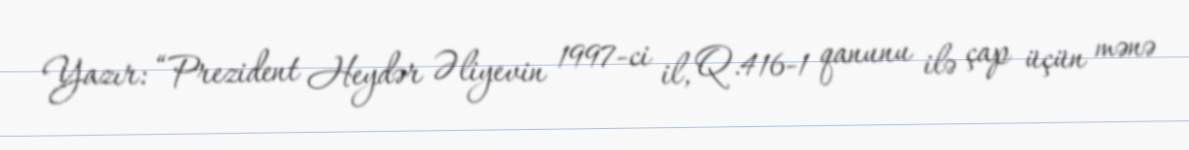
Yazır: “Prezident Heydər Əliyevin 1997-ci il, Q.416-1 qanunu ilə çap üçün mənə